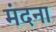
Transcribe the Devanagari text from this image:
मंदना